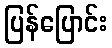
ပြန်ပြောင်း